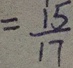
= \frac { 1 5 } { 1 7 }